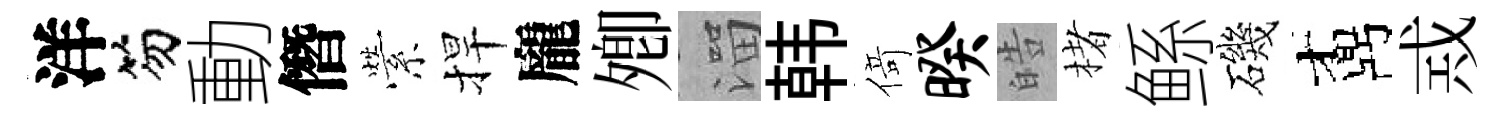
洋笏動僭縈捍龐𡖖溜韩𠋣暌皓楮鲧磯鼒𢦶